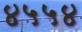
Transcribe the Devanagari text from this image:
४५५४